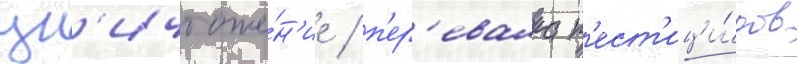
ун'ичтоже́н'ие / п'ер'евалка п'ест'ици́дов